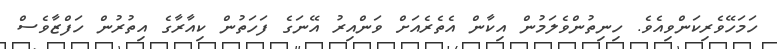
ހަމަހޭވެރިކަންވިއެވެ. ހިނިތުންވެލަމުން އިކާން އެތެރެއަށް ވަންއިރު އޭނަގެ ފަހަތުން ކިއާރާގެ އިތުރުން ހަފްޒާވެސް